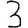
Digit: 3